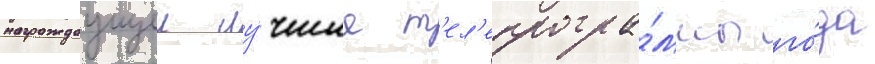
награждаущеи лу́чшие т'ел'епрогра́ммы го́да